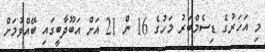
މި އަހަރުގެ ޑިސެމްބަރު މަހުގެ 16 ން 21 އަށް އަބޫދާބީގައި ބޭއްވުމަށް